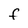
Character: F